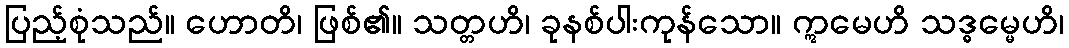
ပြည့်စုံသည်။ ဟောတိ၊ ဖြစ်၏။ သတ္တဟိ၊ ခုနစ်ပါးကုန်သော။ ဣမေဟိ သဒ္ဓမ္မေဟိ၊